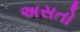
અસતો